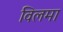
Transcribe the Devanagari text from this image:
विलमा